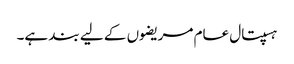
ہسپتال عام مریضوں کے لیے بند ہے۔